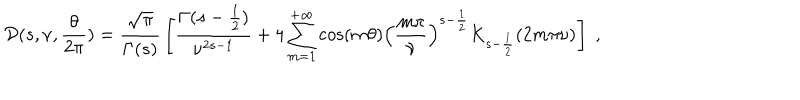
{ \cal D } ( s , \nu , { \frac { \theta } { 2 \pi } } ) = { \frac { \sqrt { \pi } } { \Gamma ( s ) } } \left[ { \frac { \Gamma ( s - { \frac { 1 } { 2 } } ) } { \nu ^ { 2 s - 1 } } } + 4 \sum _ { m = 1 } ^ { + \infty } \cos ( m \theta ) \left( { \frac { m \pi } { \nu } } \right) ^ { s - { \frac { 1 } { 2 } } } K _ { s - { \frac { 1 } { 2 } } } ( 2 m \pi \nu ) \right] \; ,